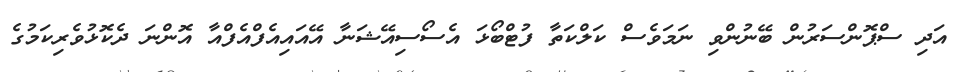
އަދި ސްޕޮންސަރުން ބޭނުންވި ނަމަވެސް ކަލްކަތާ ފުޓްބޯޅަ އެސޯސިއޭޝަނާ އޭއައިއެފްއެފްއާ އޮންނަ ދެކޮޅުވެރިިކަމުގެ